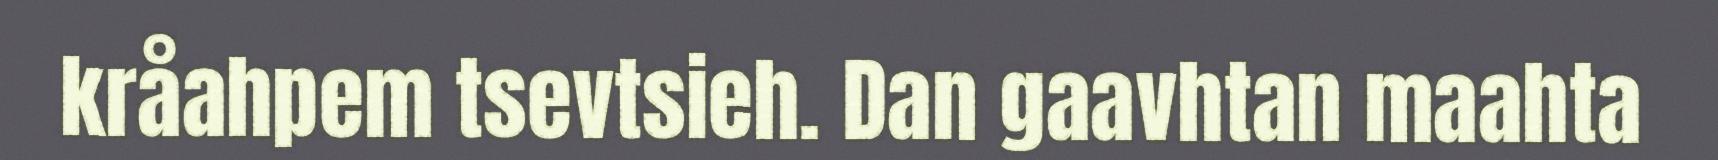
kråahpem tsevtsieh. Dan gaavhtan maahta